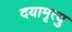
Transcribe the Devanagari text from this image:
दयामृत्यु